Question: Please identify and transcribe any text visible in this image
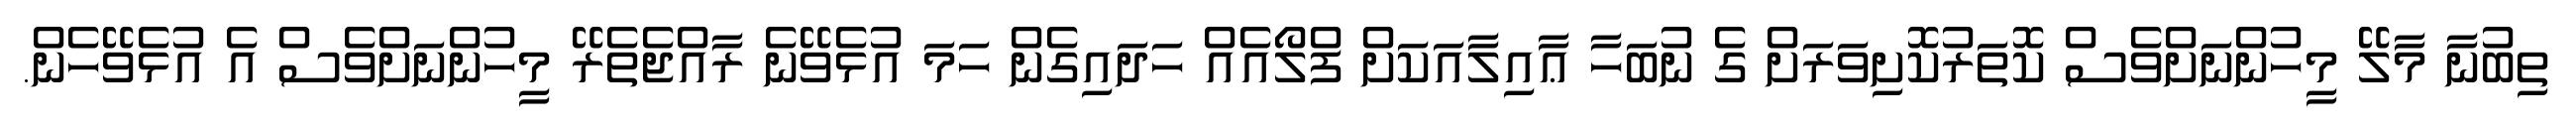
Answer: ތިބުނާ މާލޭ މީހުންނަށްވެސް ކޮތަރުކޮށިވަރަށް ގެ ނުބަހާ ޢާއިލާއަކަށް ފްލޯއެއް ހަދައިގެން ހަމަ އުޅެވޭނެ ރާއްޖެތެރޭ މީހުންނަށްވެސް އެ އުޅެވޭހެން.